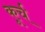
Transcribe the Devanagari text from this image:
कूर्च